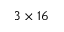
3 \times 1 6